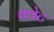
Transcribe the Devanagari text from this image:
क्वेट